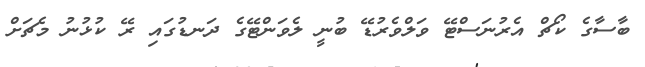
ބާސާގެ ކޯޗް އެރުނަސްޓޭ ވަލްވެރުޑޭ ބުނީ ލެވަންޓޭގެ ދަނޑުގައި ރޭ ކުޅުނު މެޗަށް